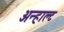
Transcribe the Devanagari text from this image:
अन्हाल्ट